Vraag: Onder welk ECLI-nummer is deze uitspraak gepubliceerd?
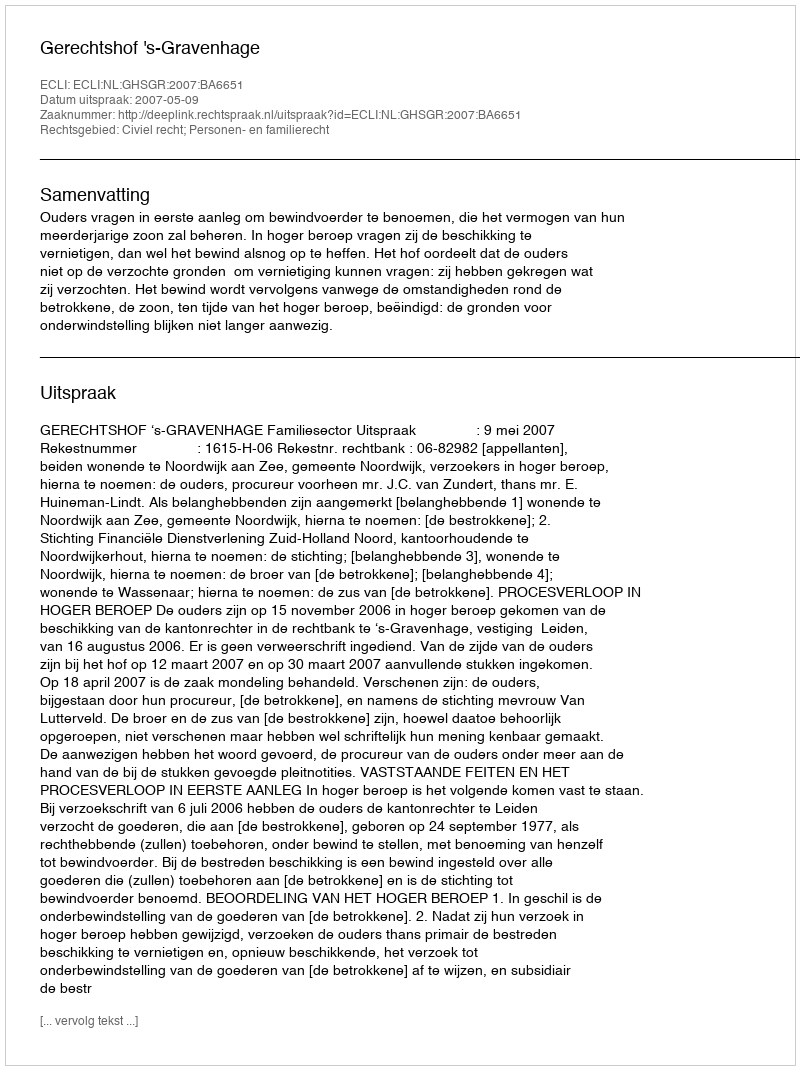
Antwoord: ECLI:NL:GHSGR:2007:BA6651